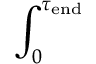
\int _ { 0 } ^ { \tau _ { \mathrm { e n d } } }